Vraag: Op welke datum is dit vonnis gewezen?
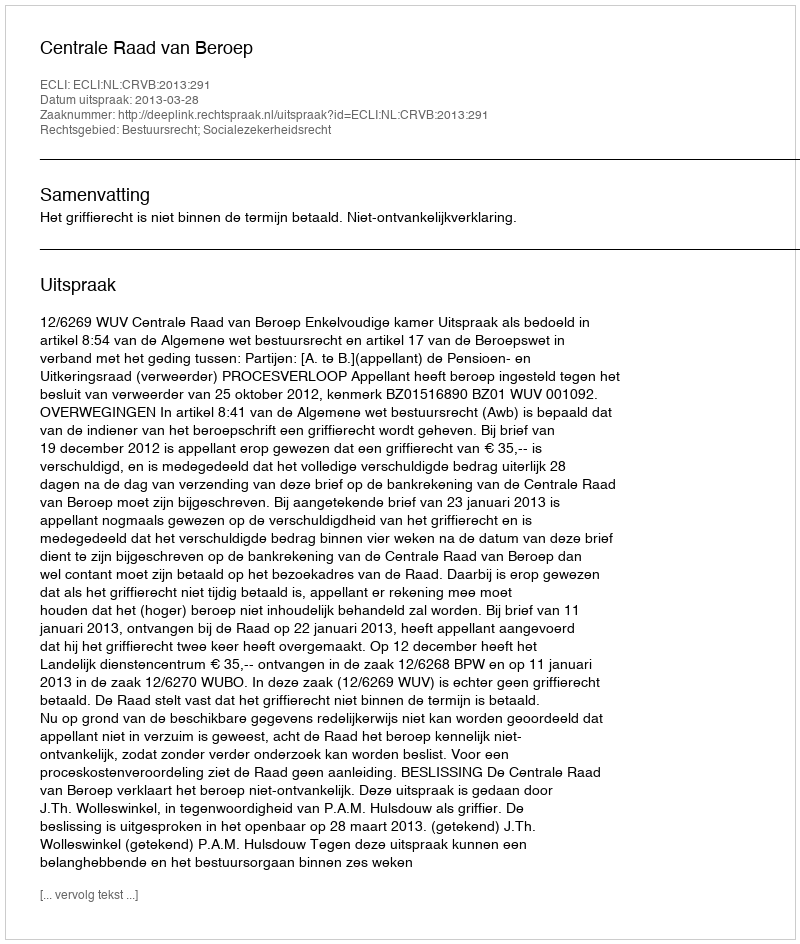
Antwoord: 2013-03-28